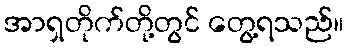
အာရှတိုက်တို့တွင် တွေ့ရသည်။